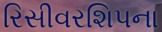
રિસીવરશિપના